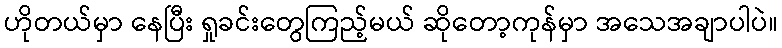
ဟိုတယ်မှာ နေပြီး ရှုခင်းတွေကြည့်မယ် ဆိုတော့ကုန်မှာ အသေအချာပါပဲ။